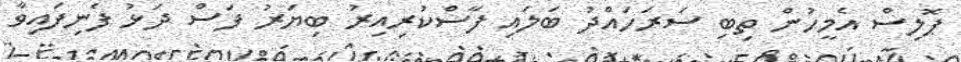
ޕޮލިސް އެމީހުން ތިބި ސަރަހައްދު ބަލައި ފާސްކުރިއިރު ބިޔަރު ފަސް ދަޅު ފެނިފައިވާ